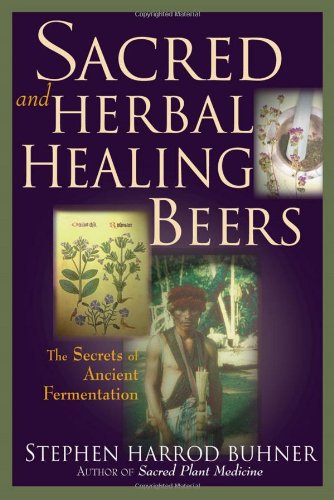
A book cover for Sacred and Herbal Healing Beers: The Secrets of Ancient Fermentation; Stephen Harrod Buhner; Cookbooks, Food & Wine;